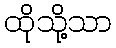
ထိုသို့သာ